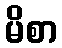
မိစာ